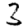
Digit: 3